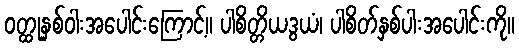
ဝတ္ထုနှစ်ဝါးအပေါင်းကြောင့်။ ပါစိတ္တိယဒွယံ၊ ပါစိတ်နှစ်ပါးအပေါင်းကို။